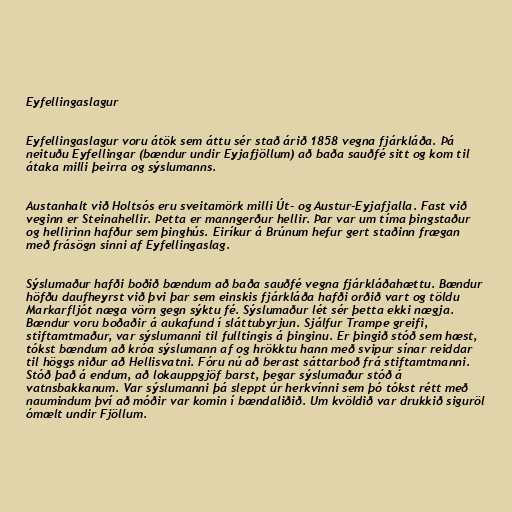
Eyfellingaslagur

Eyfellingaslagur voru átök sem áttu sér stað árið 1858 vegna fjárkláða. Þá
neituðu Eyfellingar (bændur undir Eyjafjöllum) að baða sauðfé sitt og kom til
átaka milli þeirra og sýslumanns.

Austanhalt við Holtsós eru sveitamörk milli Út- og Austur-Eyjafjalla. Fast við
veginn er Steinahellir. Þetta er manngerður hellir. Þar var um tíma þingstaður
og hellirinn hafður sem þinghús. Eiríkur á Brúnum hefur gert staðinn frægan
með frásögn sinni af Eyfellingaslag.

Sýslumaður hafði boðið bændum að baða sauðfé vegna fjárkláðahættu. Bændur
höfðu daufheyrst við þvi þar sem einskis fjárkláða hafði orðið vart og töldu
Markarfljót næga vörn gegn sýktu fé. Sýslumaður lét sér þetta ekki nægja.
Bændur voru boðaðir á aukafund í sláttubyrjun. Sjálfur Trampe greifi,
stiftamtmaður, var sýslumanni til fulltingis á þinginu. Er þingið stóð sem hæst,
tókst bændum að króa sýslumann af og hrökktu hann með svipur sínar reiddar
til höggs niður að Hellisvatni. Fóru nú að berast sáttarboð frá stiftamtmanni.
Stóð það á endum, að lokauppgjöf barst, þegar sýslumaður stóð á
vatnsbakkanum. Var sýslumanni þá sleppt úr herkvínni sem þó tókst rétt með
naumindum því að móðir var komin í bændaliðið. Um kvöldið var drukkið siguröl
ómælt undir Fjöllum.